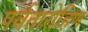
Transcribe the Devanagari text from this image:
पर्वतारोहिण